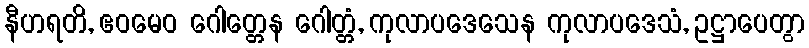
နီဟရတိ, ဧဝမေဝ ဂေါတ္တေန ဂေါတ္တံ, ကုလာပဒေသေန ကုလာပဒေသံ, ဥဋ္ဌာပေတွာ